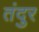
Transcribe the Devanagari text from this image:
तंदुर